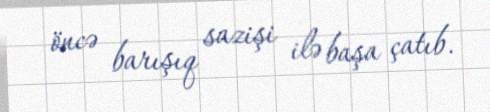
öncə barışıq sazişi ilə başa çatıb.